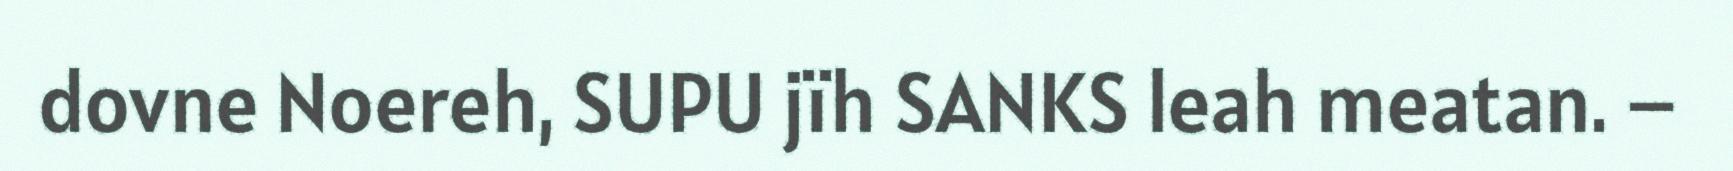
dovne Noereh, SUPU jïh SANKS leah meatan. –